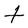
Character: t